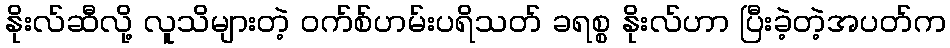
နိုးလ်ဆီလို့ လူသိများတဲ့ ဝက်စ်ဟမ်းပရိသတ် ခရစ္စ နိုးလ်ဟာ ပြီးခဲ့တဲ့အပတ်က